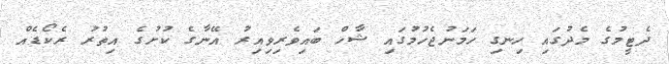
ދެޓީމުގެ މެދުގައި ހިނގި ހަމަނުޖެހުމުގައި ޝާހް ބައިވެރިވިއިރު އޭނާގެ ކުށުގެ އިތުރު ރެކޯޑެއް